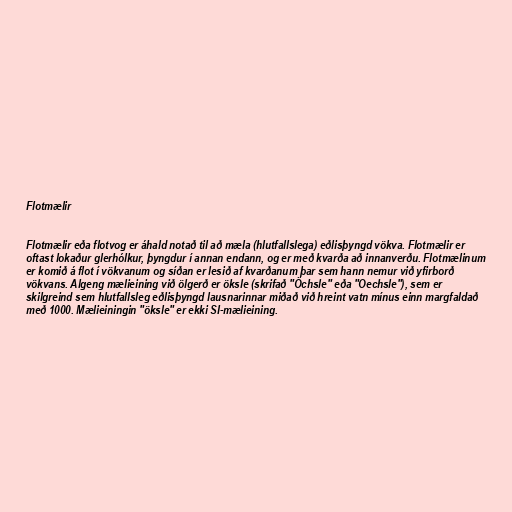
Flotmælir

Flotmælir eða flotvog er áhald notað til að mæla (hlutfallslega) eðlisþyngd vökva. Flotmælir er
oftast lokaður glerhólkur, þyngdur í annan endann, og er með kvarða að innanverðu. Flotmælinum
er komið á flot í vökvanum og síðan er lesið af kvarðanum þar sem hann nemur við yfirborð
vökvans. Algeng mælieining við ölgerð er öksle (skrifað "Öchsle" eða "Oechsle"), sem er
skilgreind sem hlutfallsleg eðlisþyngd lausnarinnar miðað við hreint vatn mínus einn margfaldað
með 1000. Mælieiningin "öksle" er ekki SI-mælieining.